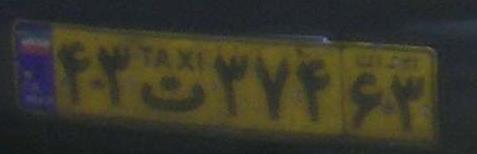
۴۳ت۳۷۴۶۳